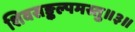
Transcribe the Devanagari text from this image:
शिवसङ्कल्पमस्तु॥३॥